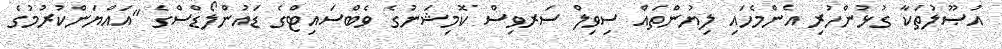
އުޞޫލުތަކާ ގުޅުންހުރި އެންމެހައި ލިޔުންތައް ސިވިލް ސަރވިސް ކޮމިޝަނުގެ ވެބްސައިޓްގެ ޑައުންލޯޑްސްގެ "އައްޔަންކުރުމުގެ